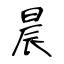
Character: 晨